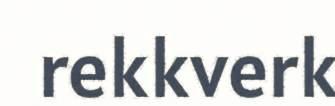
rekkverk